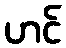
ဟင်